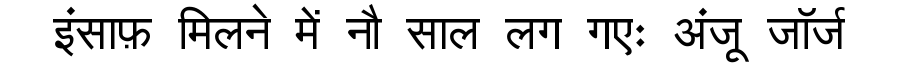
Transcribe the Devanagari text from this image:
इंसाफ़ मिलने में नौ साल लग गएः अंजू जॉर्ज